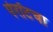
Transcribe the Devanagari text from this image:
पेरॉटचा